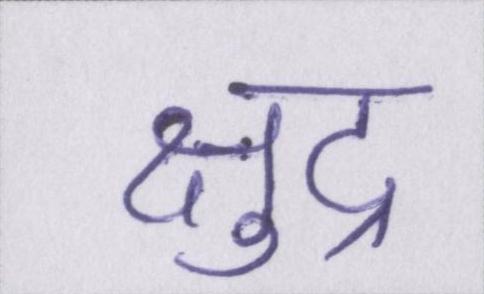
क्षुद्र